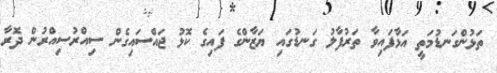
ތަޅުންގަނޑުމަތީ އަޅާފައިވާ ތަރުފާލު ގަނޑުގައި ޔަޒާންގެ ފައިގެ ކޮޅު ޖައްސައިގެން ސިއްރުސިއްރުން ދޮރާ